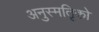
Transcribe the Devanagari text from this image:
अनुस्मतिृको